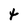
Character: t